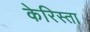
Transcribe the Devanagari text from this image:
केरिस्ता